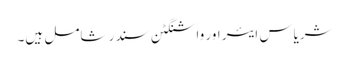
شریاس ایئر اور واشنگٹن سندر شامل ہیں۔